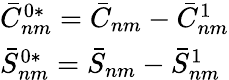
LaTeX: \begin{array}{l}{\bar{C}_{nm}^{0*}={{\bar{C}}_{nm}}-\bar{C}_{nm}^{1}}\\ {\bar{S}_{nm}^{0*}={{\bar{S}}_{nm}}-\bar{S}_{nm}^{1}}\end{array}